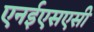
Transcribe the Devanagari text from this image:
एनईएसएसी